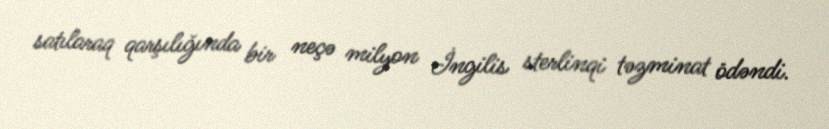
satılaraq qarşılığında bir neçə milyon İngilis sterlinqi təzminat ödəndi.